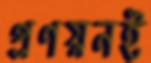
প্রণয়নই